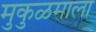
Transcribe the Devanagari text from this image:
मुकुळमाला